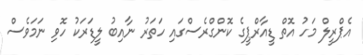
އެޕްރީލް މަހު އޮތް ޑީއާރްޕީގެ ކޮންގްރެސްގައި ހަތަރު ނާއިބު ލީޑަރަކު ހޮވި ނަމަވެސް